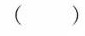
( )